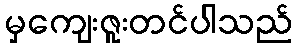
မှကျေးဇူးတင်ပါသည်